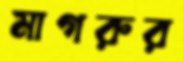
মাগরুর